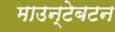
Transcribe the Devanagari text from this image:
माउन्टेबटन